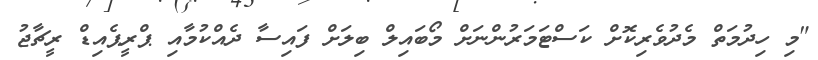
"މި ހިދުމަތް މެދުވެރިކޮށް ކަސްޓަމަރުންނަށް މޯބައިލް ބިލަށް ފައިސާ ދެއްކުމާއި ޕްރީޕެއިޑް ރީޗާޖު